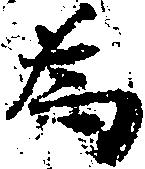
為